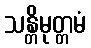
သန္တိမုတ္တမံ